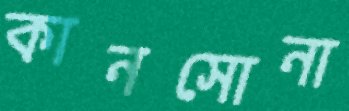
কানসোনা